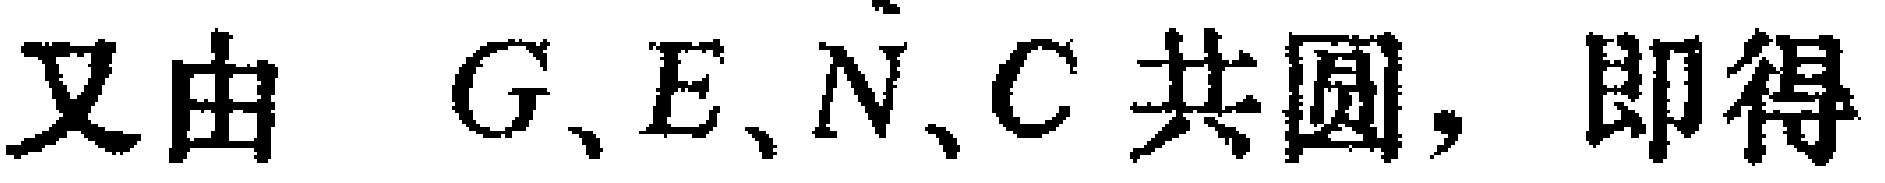
又由 \(G、E、N、C\) 共圆，即得